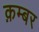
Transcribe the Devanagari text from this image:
क़म्बर